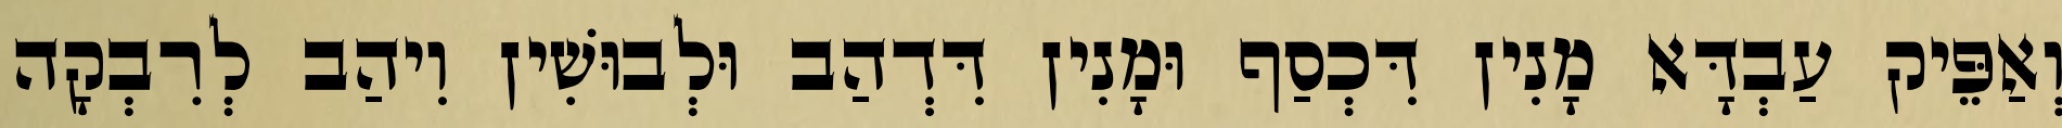
וְאַפֵּיק עַבְדָּא מָנִין דִּכְסַף וּמָנִין דִּדְהַב וּלְבוּשִׁין וִיהַב לְרִבְקָה